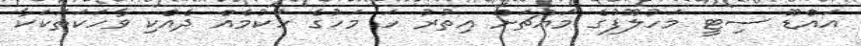
އައްޑޫ ސިޓީ މަހުލޫފުގެ މައްޗަށް އިތުރު ހަ މަހުގެ ހުކުމެއް ދެއްކި ވާހަކަތަކަކާ